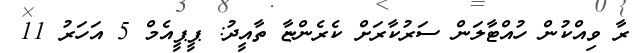
ރާ ވިއްކުން ހުއްޓާލަން ސަރުކާރަށް ކެރެންޏާ ތާއީދު: ޕީޕީއެމް 5 އަހަރު 11